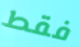
فقط